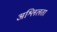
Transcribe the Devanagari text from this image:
अश्लिलता